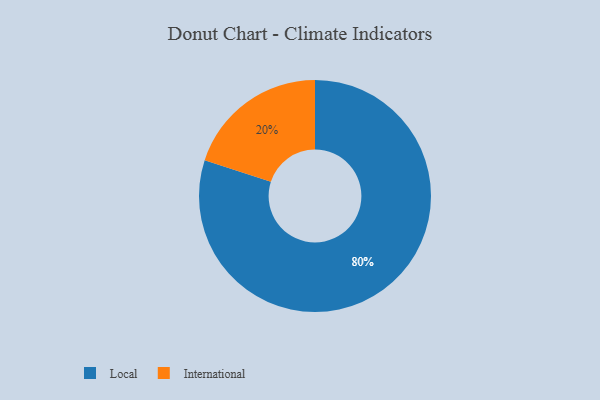
{"axis": {"x": "Category", "y": "Percentage"}, "legend": ["International", "Local"], "data": [{"x": "International", "y": 20, "type": "International"}, {"x": "Local", "y": 80, "type": "Local"}]}